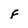
Character: F